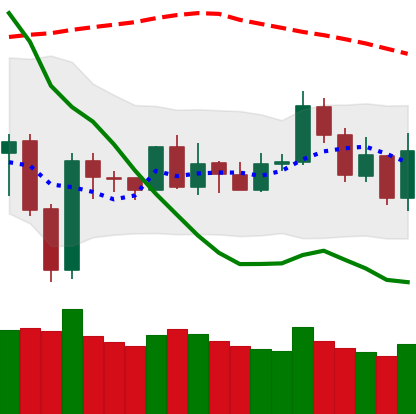
Ticker: NEO-USD
Chart end date: 2020-01-03
Forward return: 7.18%
Label: up_7plus